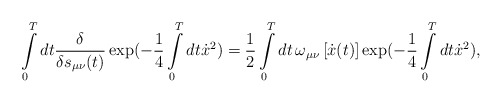
\begin{align*}\int\limits_0^T dt\frac{\delta }{{\delta s_{\mu \nu } (t)}}\exp ( - \frac{1}{4}\int\limits_0^T {dt\dot x^2 ) = \frac{1}{2}} \int\limits_0^T dt\,\omega _{\mu \nu } \left[ \dot{x}(t) \right]\exp ( - \frac{1}{4}\int\limits_0^T {dt\dot x^2 } ),\end{align*}